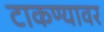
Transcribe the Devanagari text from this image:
टाकण्यावर